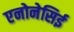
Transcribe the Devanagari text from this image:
एनोनेसिई